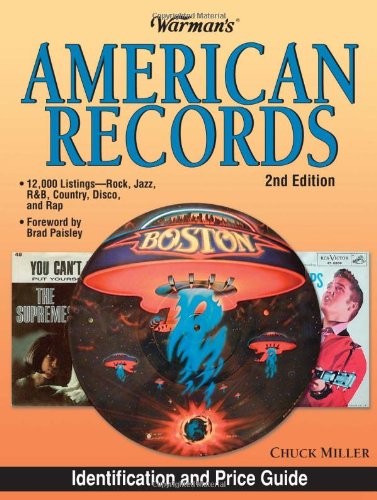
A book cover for Warman's American Records: Identification and Price Guide, 2nd Edition; Chuck Miller; Crafts, Hobbies & Home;